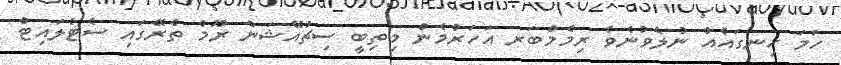
ހަމަ ހިނގައެއް ނުލެވުނެވެ ރިމެމްބަރ އަހަރުމެން މިތިބީ ސިޗުއޭޝަން ރޫމް ތެރޭގައި ސެޓެލައިޓް